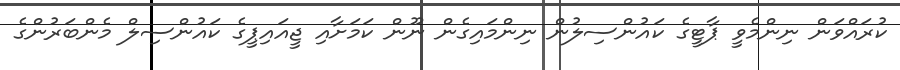
ކުރައްވަން ނިންމެވީ ޕާޓީގެ ކައުންސިލުން ނިންމައިގެން ނޫން ކަމަށާއި ޖީއައިޕީގެ ކައުންސިލް މެންބަރުންގެ